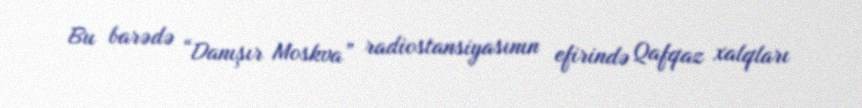
Bu barədə “Danışır Moskva” radiostansiyasının efirində Qafqaz xalqları